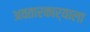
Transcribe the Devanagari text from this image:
अवतारकार्याला